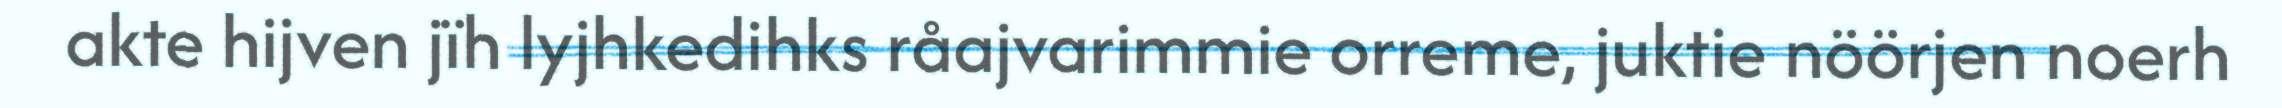
akte hijven jïh lyjhkedihks råajvarimmie orreme, juktie nöörjen noerh